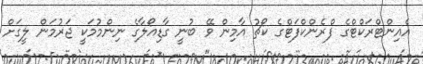
އެއިންޓްރަކްޓްގެ ފްރެންކްފަޓްގެ ކޯޗު އާމިން ވޭ ބުނީ ގާޑިއޯލާގެ ނިންމުމަކީ ޖަރުމަން ލީގަށް